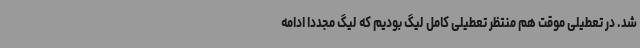
شد. در تعطیلی موقت هم منتظر تعطیلی کامل لیگ بودیم که لیگ مجددا ادامه